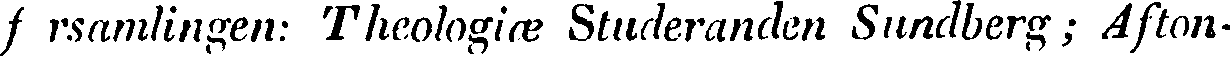
f rsamlingen: Theologiæ Studeranden Sundberg; Afton-